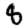
Digit: 8